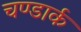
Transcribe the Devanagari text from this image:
चण्डार्क